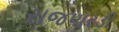
રાજપારડી